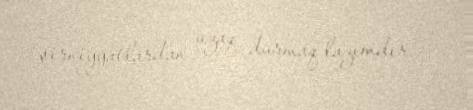
şirniyyatlardan uzaq durmaq lazımdır".